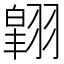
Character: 𮋉